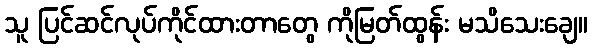
သူ ပြင်ဆင်လုပ်ကိုင်ထားတာတွေ ကိုမြတ်ထွန်း မသိသေးချေ။